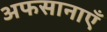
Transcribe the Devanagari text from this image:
अफसानाएँ